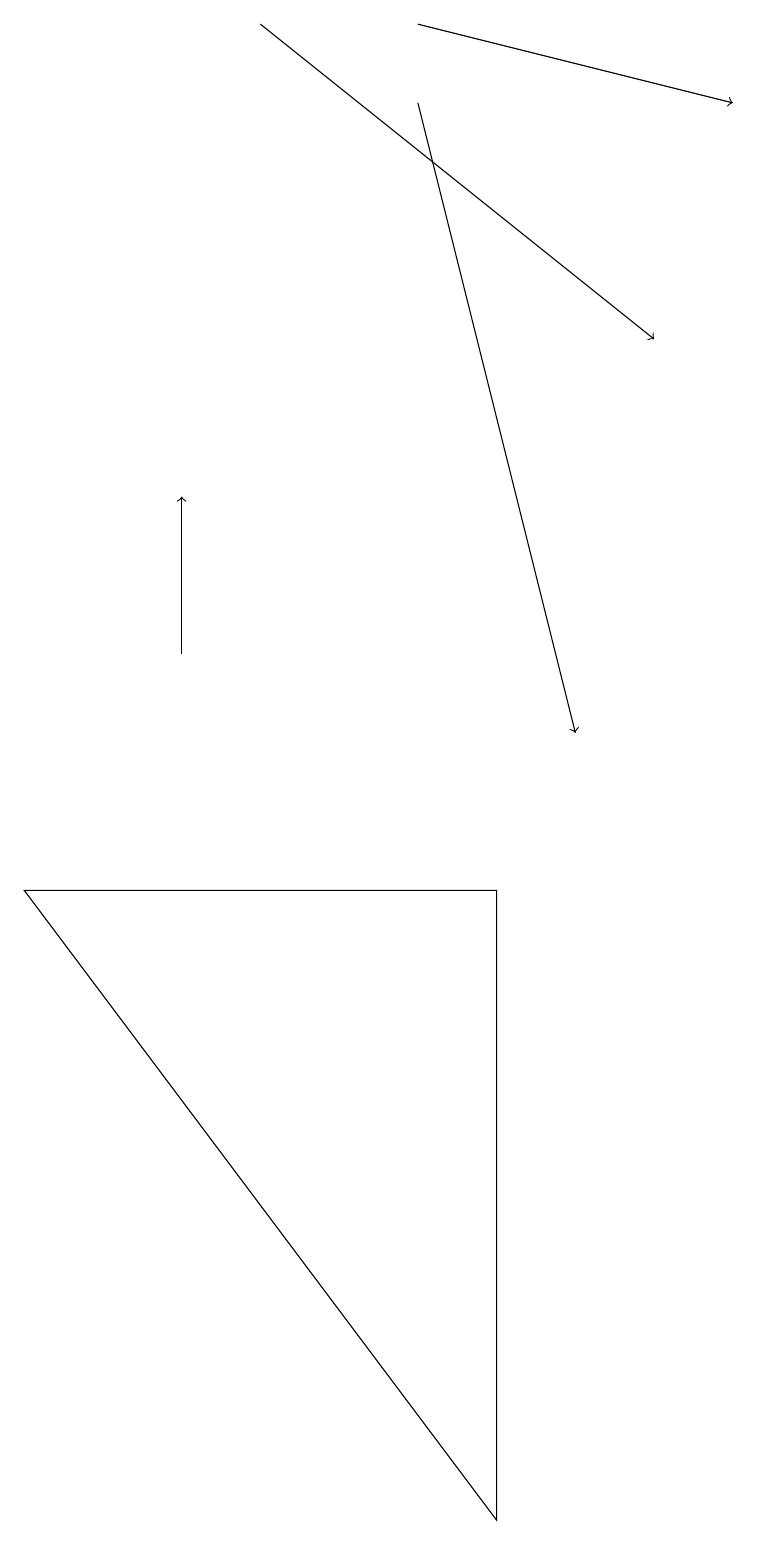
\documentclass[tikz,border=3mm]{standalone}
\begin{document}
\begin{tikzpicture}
\draw (6,8) -- (0,8) -- (6,0) -- cycle;
\draw[->] (5,18) -- (7,10);
\draw[->] (5,19) -- (9,18);
\draw[->] (3,19) -- (8,15);
\draw[->] (2,11) -- (2,13);
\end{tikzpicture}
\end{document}